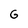
Character: G